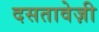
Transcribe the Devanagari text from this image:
दसतावेज़ी